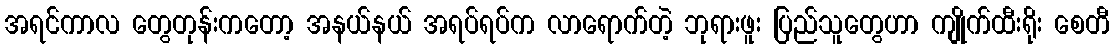
အရင်ကာလ တွေတုန်းကတော့ အနယ်နယ် အရပ်ရပ်က လာရောက်တဲ့ ဘုရားဖူး ပြည်သူတွေဟာ ကျိုက်ထီးရိုး စေတီ